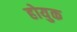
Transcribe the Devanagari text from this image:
होयुक